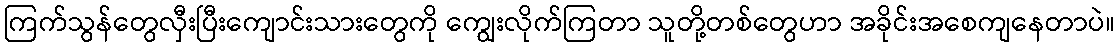
ကြက်သွန်တွေလှီးပြီးကျောင်းသားတွေကို ကျွေးလိုက်ကြတာ သူတို့တစ်တွေဟာ အခိုင်းအစေကျနေတာပဲ။